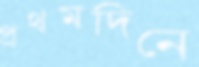
প্রথমদিনে